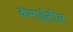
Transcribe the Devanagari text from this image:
कमाईतील